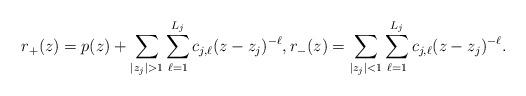
LaTeX: \begin{align*}r_+(z)=p (z)+ \sum_{|z_{j}|>1}\sum_{\ell=1}^{L_{j}} c_{j,\ell} (z-z_{j})^{-\ell},r_-(z)=\sum_{|z_{j}|<1}\sum_{\ell=1}^{L_{j}} c_{j,\ell} (z-z_{j})^{-\ell}.\end{align*}